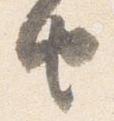
由